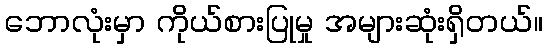
ဘောလုံးမှာ ကိုယ်စားပြုမှု အများဆုံးရှိတယ်။